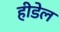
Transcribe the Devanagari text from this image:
हीडेल